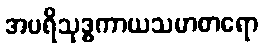
အပရိသုဒ္ဓကာယသမာစာရော